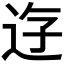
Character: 𨒣